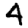
Digit: 4